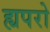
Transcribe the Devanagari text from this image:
ह्यपरो